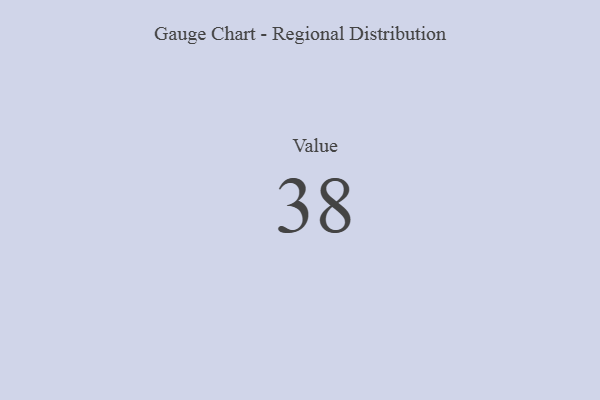
{"axis": {"x": "Metric", "y": "Value"}, "legend": [""], "data": [{"x": "Value", "y": 38, "type": ""}]}